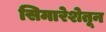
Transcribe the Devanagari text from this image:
सिमारेशेतून